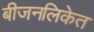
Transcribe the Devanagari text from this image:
बीजनलिकेत